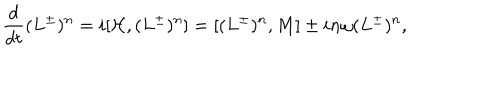
{ \frac { d } { d t } } { ( L ^ { \pm } ) ^ { n } } = i [ { \cal H } , ( L ^ { \pm } ) ^ { n } ] = [ ( L ^ { \pm } ) ^ { n } , { M } ] \pm i n \omega ( L ^ { \pm } ) ^ { n } ,